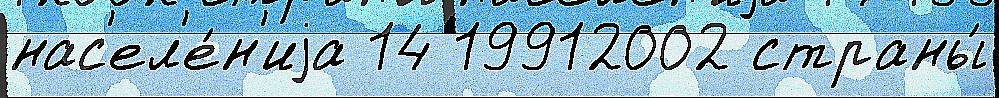
нас'ел'е́н'иjа 14 19912002 страны́